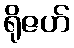
ရိုဇဟ်